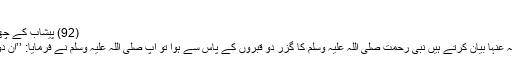
89)
(92) پیشاب کے چھینٹوں سے پرہیز نہ کرنا:
عبد اللہ بن عباس رضی اللہ عنہا بیان کرتے ہیں نبی رحمت صلی اللہ علیہ وسلم کا گزر دو قبروں کے پاس سے ہوا تو آپ صلی اللہ علیہ وسلم نے فرمایا: ’’ان دونوں کو عذاب ہو رہا ہے۔